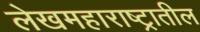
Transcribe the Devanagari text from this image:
लेखमहाराष्ट्रातील